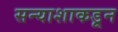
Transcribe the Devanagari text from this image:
सन्याशाकडून